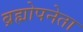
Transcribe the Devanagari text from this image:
ब्रह्मोपनेता